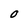
Character: O